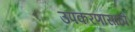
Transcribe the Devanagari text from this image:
उपकरणासाठी